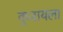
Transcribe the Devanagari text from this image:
कुजायला